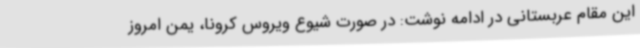
این مقام عربستانی در ادامه نوشت: در صورت شیوع ویروس کرونا، یمن امروز